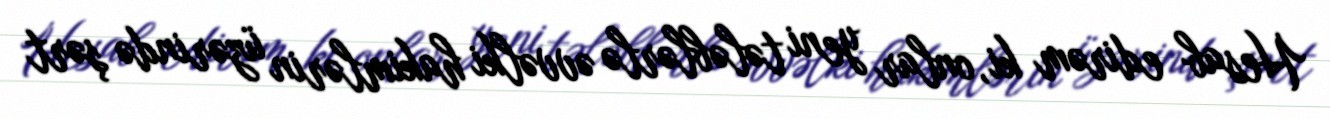
Hesab edirəm ki, onlar yeni tələblərlə əvvəlki hakimlərin üzərində şərt